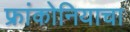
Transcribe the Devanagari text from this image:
फ्रांकोनियाचा